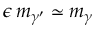
\epsilon \, m _ { \gamma ^ { \prime } } \simeq m _ { \gamma }